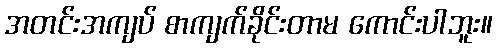
အတင်းအကျပ် စာကျက်ခိုင်းတာမ ကောင်းပါဘူး။